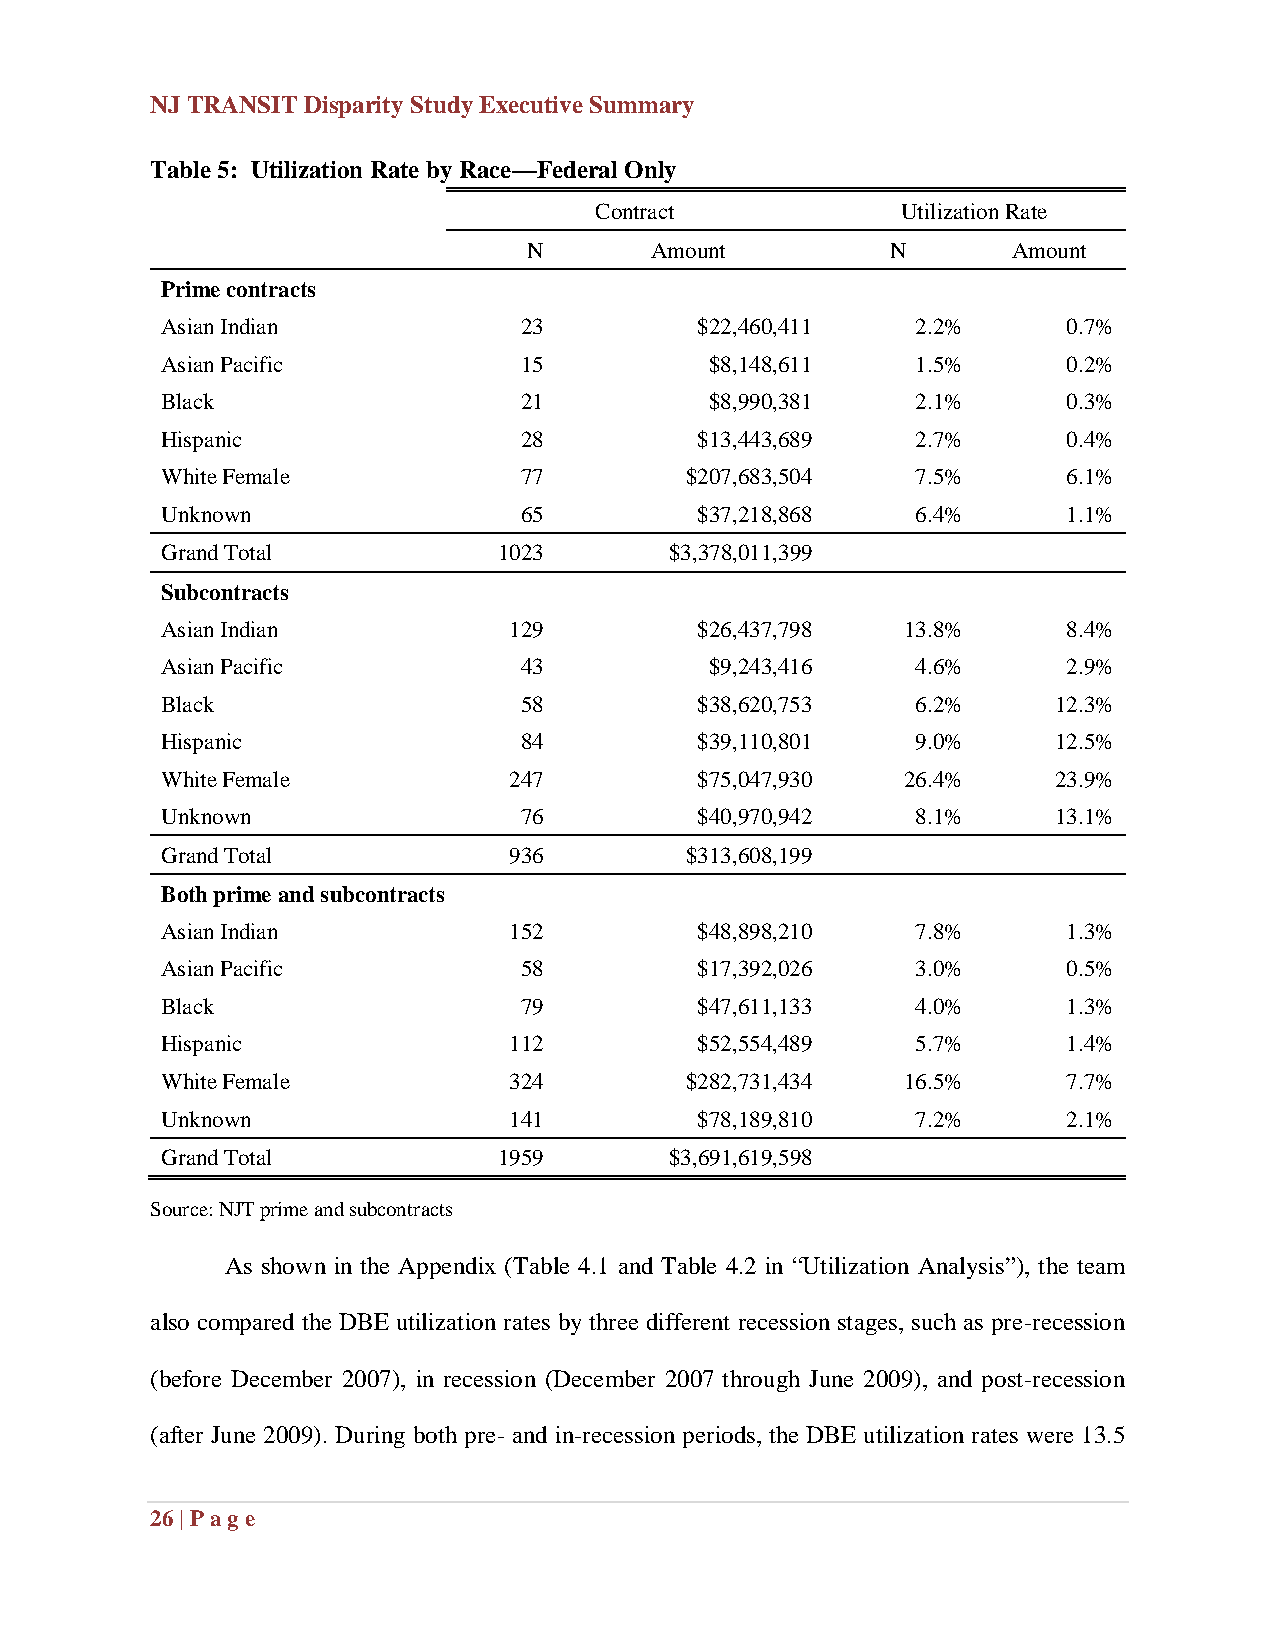
NJ TRANSIT Disparity Study Executive Summary
 Table 5: Utilization Rate by Race—Federal Only
 Contract             Utilization Rate
 N       Amount          N       Amount
 Prime contracts
 Asian Indian           23          $22,460,411    2.2%      0.7%
 Asian Pacific          15           $8,148,611    1.5%      0.2%
 Black                  21           $8,990,381    2.1%      0.3%
 Hispanic               28          $13,443,689    2.7%      0.4%
 White Female           77         $207,683,504    7.5%      6.1%
 Unknown                65          $37,218,868    6.4%      1.1%
 Grand Total           1023       $3,378,011,399
 Subcontracts
 Asian Indian           129         $26,437,798   13.8%      8.4%
 Asian Pacific          43           $9,243,416    4.6%      2.9%
 Black                  58          $38,620,753    6.2%     12.3%
 Hispanic               84          $39,110,801    9.0%     12.5%
 White Female           247         $75,047,930   26.4%     23.9%
 Unknown                76          $40,970,942    8.1%     13.1%
 Grand Total            936        $313,608,199
 Both prime and subcontracts
 Asian Indian           152         $48,898,210    7.8%      1.3%
 Asian Pacific          58          $17,392,026    3.0%      0.5%
 Black                  79          $47,611,133    4.0%      1.3%
 Hispanic               112         $52,554,489    5.7%      1.4%
 White Female           324        $282,731,434   16.5%      7.7%
 Unknown                141         $78,189,810    7.2%      2.1%
 Grand Total           1959       $3,691,619,598
 Source: NJT prime and subcontracts
 As shown in the Appendix (Table 4.1 and Table 4.2 in “Utilization Analysis”), the team
 also compared the DBE utilization rates by three different recession stages, such as pre-recession
 (before December 2007), in recession (December 2007 through June 2009), and post-recession
 (after June 2009). During both pre- and in-recession periods, the DBE utilization rates were 13.5
 26 | Pag e